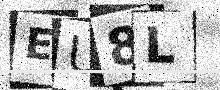
Text: EU8L